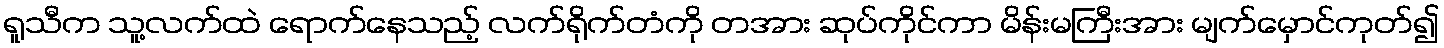
ရူသီက သူ့လက်ထဲ ရောက်နေသည့် လက်ရိုက်တံကို တအား ဆုပ်ကိုင်ကာ မိန်းမကြီးအား မျက်မှောင်ကုတ်၍